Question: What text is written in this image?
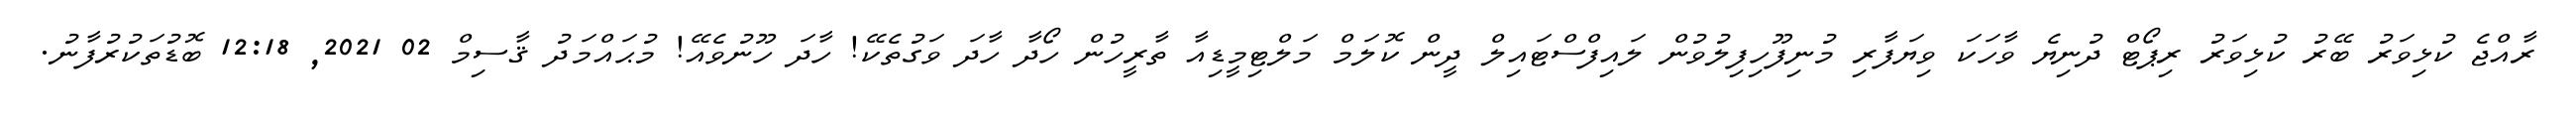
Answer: ރާއްޖެ ކުޅިވަރު ބޭރު ކުޅިވަރު ރިޕޯޓް ދުނިޔެ ވާހަކަ ވިޔަފާރި މުނިފޫހިފިލުވުން ލައިފްސްޓައިލް ދީން ކޮލަމް މަލްޓިމީޑިއާ ތާރީހުން ހޯދާ ހާދަ ވަގުތެކޭ! ހާދަ ހޫނުވެއޭ! މުޙައްމަދު ޤާސިމް 02 2021, 12:18 ބޮޑުތަކުރުފާނު.